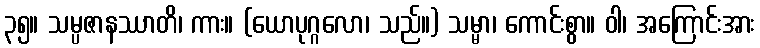
၃၅။ သမ္ပဇာနဿာတိ၊ ကား။ (ယောပုဂ္ဂလော၊ သည်။) သမ္မာ၊ ကောင်းစွာ။ ဝါ၊ အကြောင်းအား